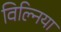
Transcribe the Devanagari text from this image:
विल्निया